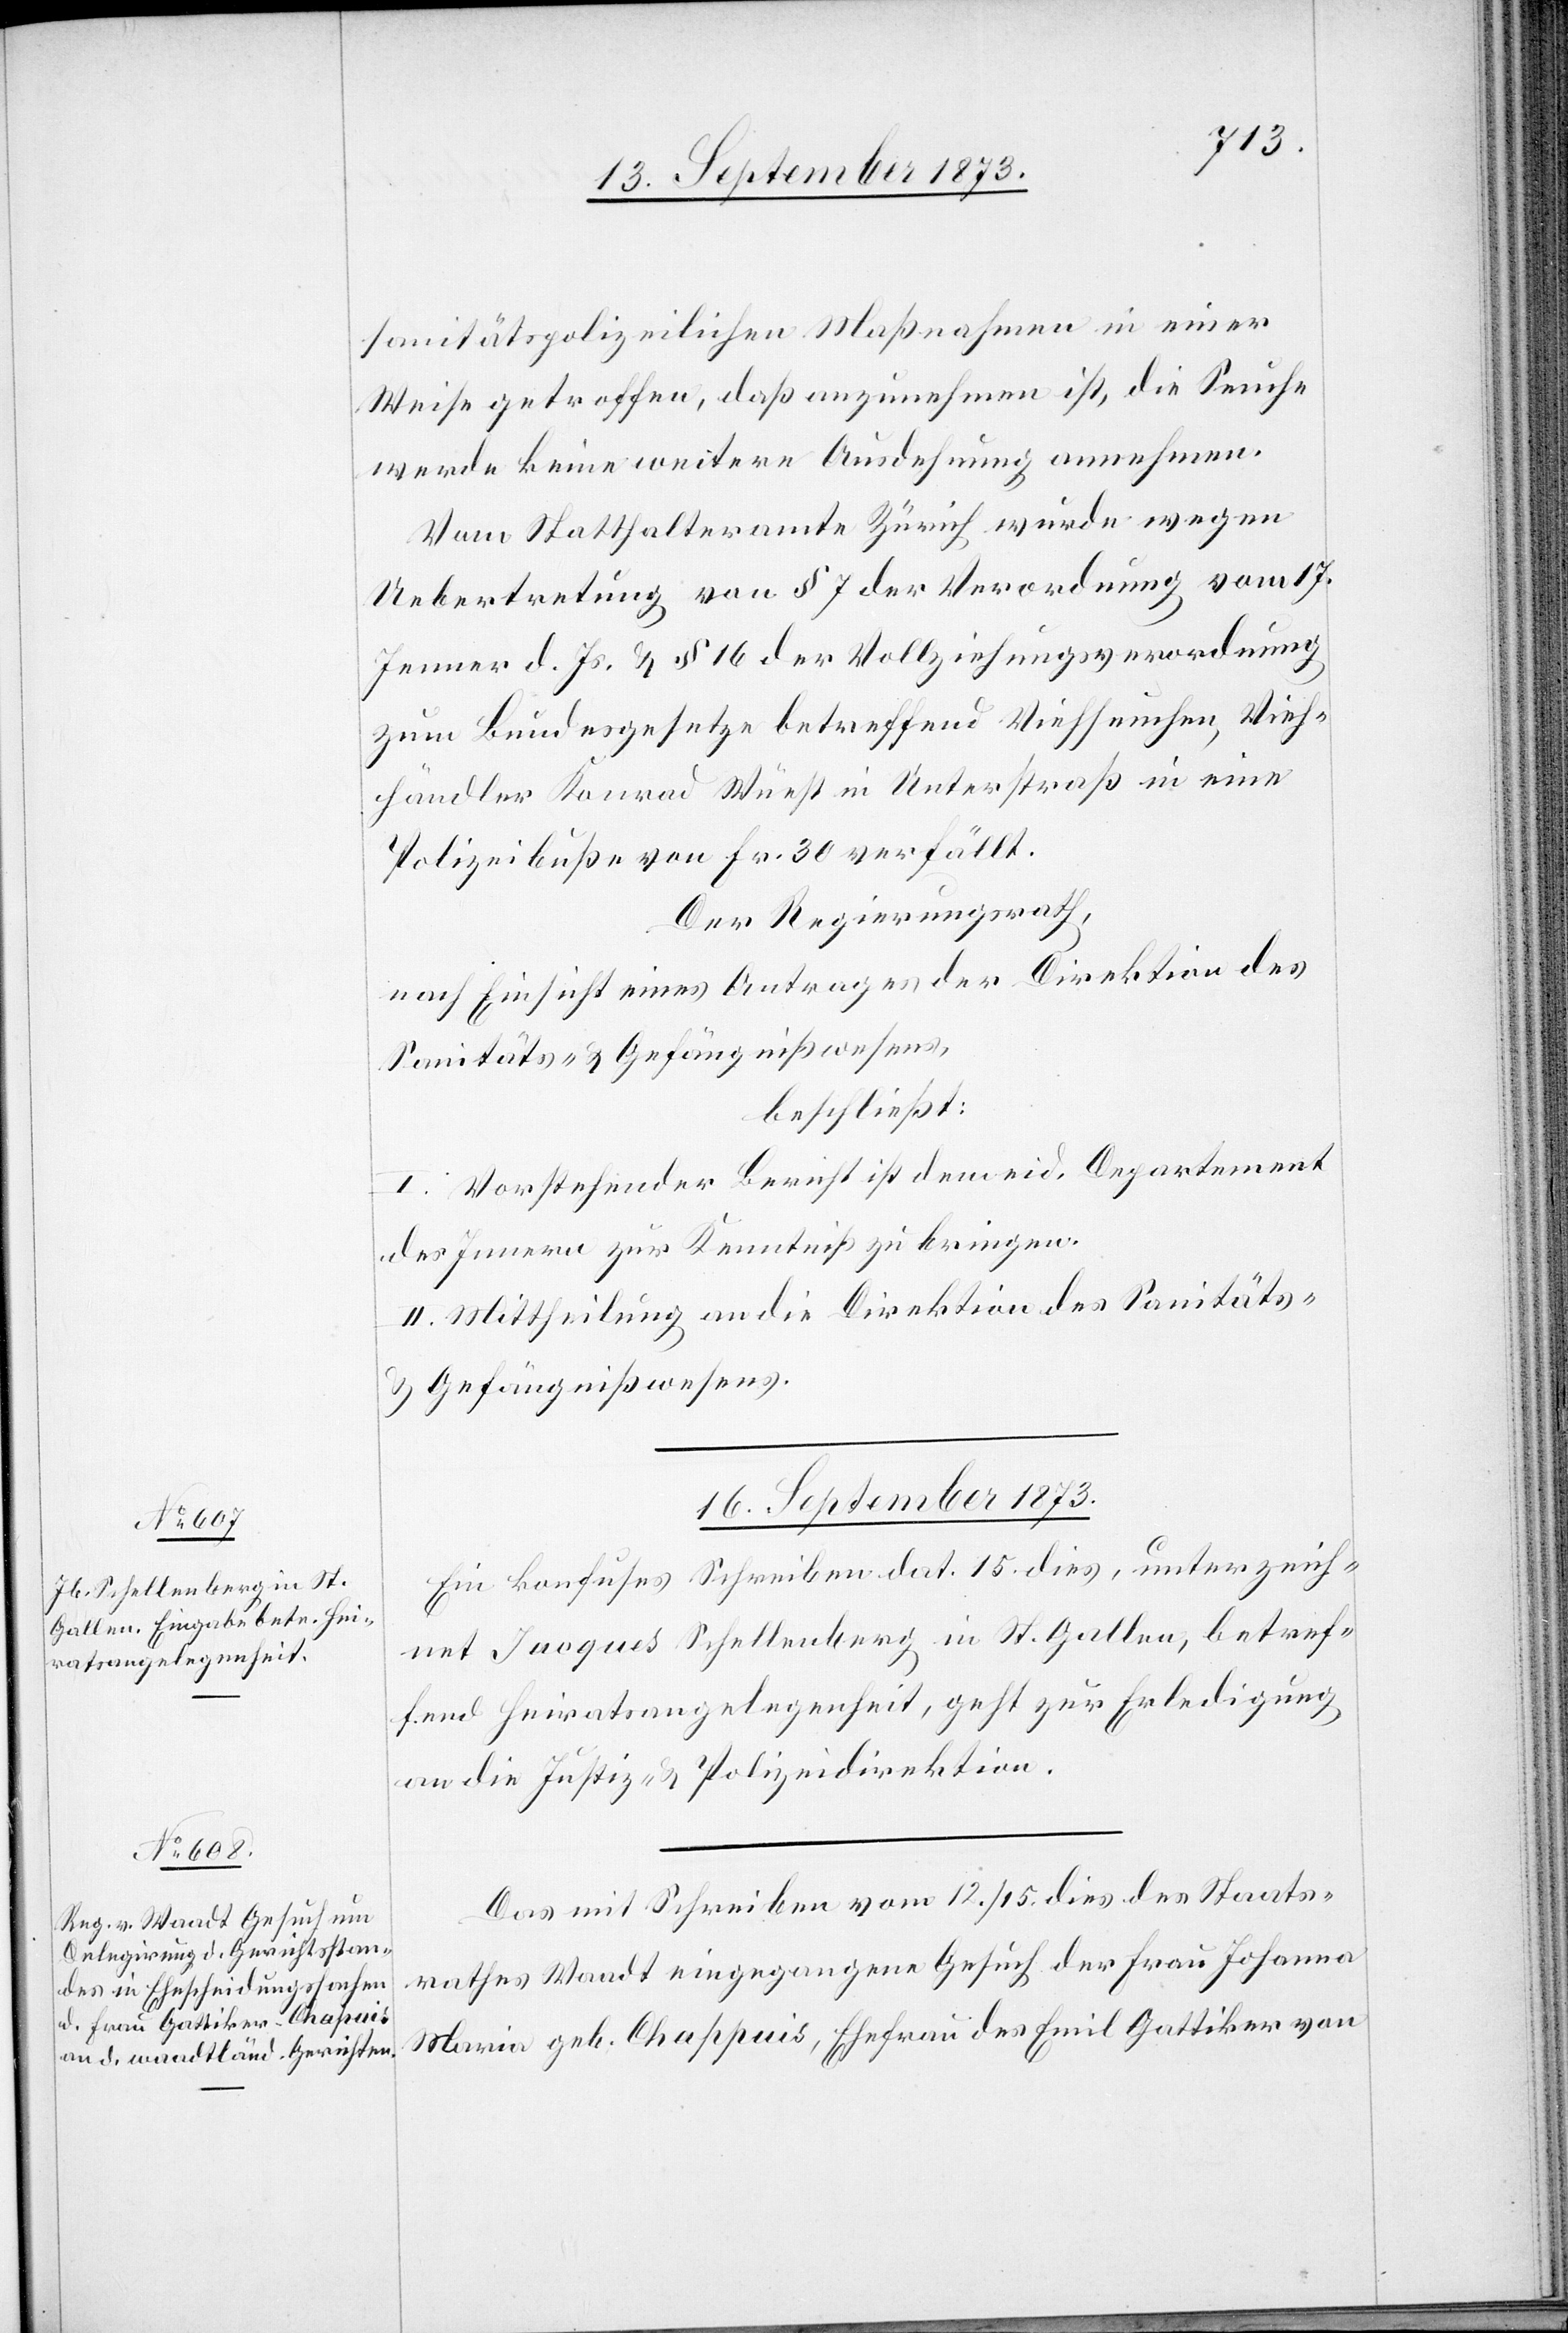
sanitätspolizeilichen Maßnahmen in einer
Weise getroffen, daß anzunehmen ist, die Seuche
werde keine weitere Ausdehnung annehmen.
Vom Statthalteramte Zürich wurde wegen
Uebertretung von § 7 der Verordnung vom 17.
Jenner d. Js. & § 16 der Vollziehungsverordnung
zum Bundesgesetze betreffend Viehseuchen, Vieh¬
händler Konrad Wüest in Unterstraß in eine
Polizeibuße von Fr. 30 verfällt.
Der Regierungsrath,
nach Einsicht eines Antrages der Direktion des
Sanitäts- & Gefängnißwesens,
beschließt:
I. Vorstehender Bericht ist dem eid. Departement
des Innern zur Kenntniß zu bringen.
II. Mittheilung an die Direktion des Sanitäts-
& Gefängnißwesens.
16. September 1873.]
Ein konfuses Schreiben dat. 15. dies, unterzeich¬
net Jacques Schellenberg in St. Gallen, betref¬
fend Heiratsangelegenheit, geht zur Erledigung
an die Justiz- & Polizeidirektion.
Das mit Schreiben vom 12./15. dies des Staats¬
rathes Waadt eingegangene Gesuch der Frau Johanna
Maria geb. Chappuis [sic!], Ehefrau des Emil Gattiker von